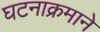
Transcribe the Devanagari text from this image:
घटनाक्रमाने